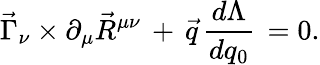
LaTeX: \vec{\Gamma}_{\nu}\times\partial_{\mu}\vec{R}^{\mu\nu}\, +\, \vec{q}\, \frac{d\Lambda}{dq_{0}}\, =0.